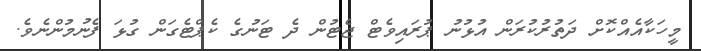
މީހަކާއެއްކޮށް ދަތުރުކުރަން އުޅުނު ޕުރައިވެޓް ޖެޓުން ދެ ޓަނުގެ ކެޕްޓެގަން ގުޅަ ފެނުމުންނެވެ.